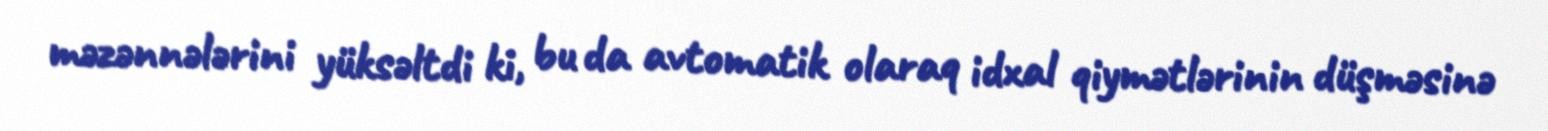
məzənnələrini yüksəltdi ki, bu da avtomatik olaraq idxal qiymətlərinin düşməsinə